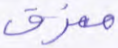
ممزق